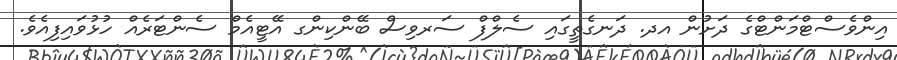
އިންވެސްޓްމަންޓްގެ ދަށުން އދ. ދަނގެތީގައި ސެލްފް ސަރވިސް ބޭންކިންގ އޭޓީއެމް ސެންޓަރެއް ހުޅުވައިފިއެެވެ.